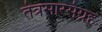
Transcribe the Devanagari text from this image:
तंत्रसारसंग्रह